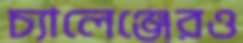
চ্যালেঞ্জেরও